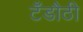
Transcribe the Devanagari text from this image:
टँडौठी